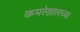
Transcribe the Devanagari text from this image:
कमरेखालच्या